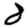
Digit: 8